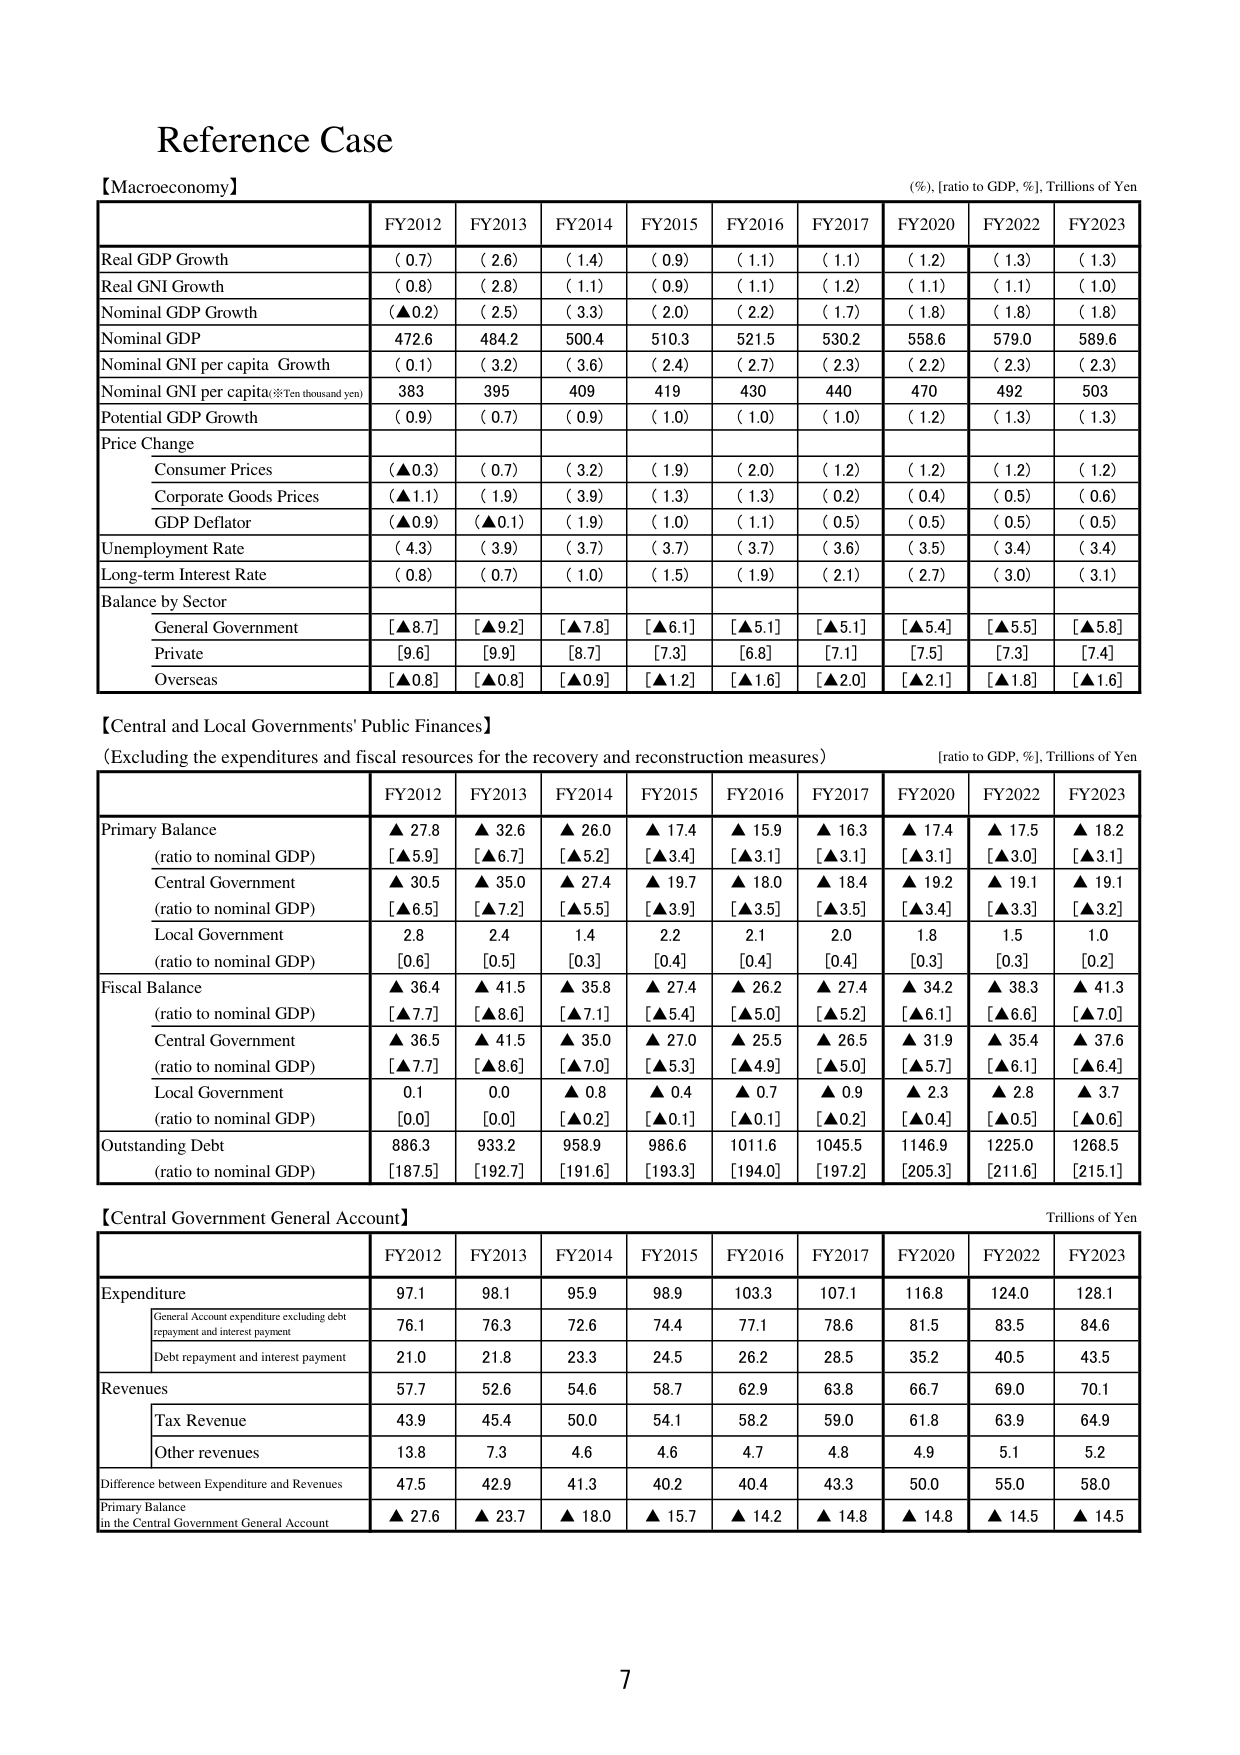
Reference Case

【Macroeconomy】
(%)，[ratio to GDP, %], Trillions of Yen

FY2012 FY2013 FY2014 FY2015 FY2016 FY2017 FY2020 FY2022 FY2023

Real GDP Growth ( 0.7) ( 2.6) ( 1.4) ( 0.9) ( 1.1) ( 1.1) ( 1.2) ( 1.3) ( 1.3)
Nominal GNI Growth ( 0.8) ( 2.8) ( 1.1) ( 0.9) ( 1.1) ( 1.2) ( 1.1) ( 1.1) ( 1.0)
Nominal GDP Growth (▲0.2) ( 2.5) ( 3.3) ( 2.0) ( 2.2) ( 1.7) ( 1.8) ( 1.8) ( 1.8)
Nominal GDP 472.6 484.2 500.4 510.3 521.5 530.2 558.6 579.0 589.6
Nominal GNI per capita Growth ( 0.1) ( 3.2) ( 3.6) ( 2.4) ( 2.7) ( 2.3) ( 2.2) ( 2.3) ( 2.3)
Nominal GNI per capita※Ten thousand yen) 383 395 409 419 430 440 470 492 503
Potential GDP Growth ( 0.9) ( 0.7) ( 0.9) ( 1.0) ( 1.0) ( 1.0) ( 1.2) ( 1.3) ( 1.3)

Price Change
Consumer Prices (▲0.3) ( 0.7) ( 3.2) ( 1.9) ( 2.0) ( 1.2) ( 1.2) ( 1.2) ( 1.2)
Corporate Goods Prices (▲1.1) ( 1.9) ( 3.9) ( 1.3) ( 1.3) ( 0.2) ( 0.4) ( 0.5) ( 0.6)
GDP Deflator (▲0.9) (▲0.1) ( 1.9) ( 1.0) ( 1.1) ( 0.5) ( 0.5) ( 0.5) ( 0.5)

Unemployment Rate ( 4.3) ( 3.9) ( 3.7) ( 3.7) ( 3.7) ( 3.6) ( 3.5) ( 3.4) ( 3.4)
Long-term Interest Rate ( 0.8) ( 0.7) ( 1.0) ( 1.5) ( 1.9) ( 2.1) ( 2.7) ( 3.0) ( 3.1)

Balance by Sector
General Government [▲8.7] [▲9.2] [▲7.8] [▲6.1] [▲5.1] [▲5.1] [▲5.4] [▲5.5] [▲5.8]
Private [9.6] [9.9] [8.7] [7.3] [6.8] [7.1] [7.5] [7.3] [7.4]
Overseas [▲0.8] [▲0.8] [▲0.9] [▲1.2] [▲1.6] [▲2.0] [▲2.1] [▲1.8] [▲1.6]

【Central and Local Governments' Public Finances】
(Excluding the expenditures and fiscal resources for the recovery and reconstruction measures)
[ratio to GDP, %], Trillions of Yen

FY2012 FY2013 FY2014 FY2015 FY2016 FY2017 FY2020 FY2022 FY2023

Primary Balance ▲ 27.8 ▲ 32.6 ▲ 26.0 ▲ 17.4 ▲ 15.9 ▲ 16.3 ▲ 17.4 ▲ 17.5 ▲ 18.2
(ratio to nominal GDP) [▲5.9] [▲6.7] [▲5.2] [▲3.4] [▲3.1] [▲3.1] [▲3.1] [▲3.0] [▲3.1]

Central Government ▲ 30.5 ▲ 35.0 ▲ 27.4 ▲ 19.7 ▲ 18.0 ▲ 18.4 ▲ 19.2 ▲ 19.1 ▲ 19.1
(ratio to nominal GDP) [▲6.5] [▲7.2] [▲5.5] [▲3.9] [▲3.5] [▲3.5] [▲3.4] [▲3.3] [▲3.2]

Local Government 2.8 2.4 1.4 2.2 2.1 2.0 1.8 1.5 1.0
(ratio to nominal GDP) [0.6] [0.5] [0.3] [0.4] [0.4] [0.4] [0.3] [0.3] [0.2]

Fiscal Balance ▲ 36.4 ▲ 41.5 ▲ 35.8 ▲ 27.4 ▲ 26.2 ▲ 27.4 ▲ 34.2 ▲ 38.3 ▲ 41.3
(ratio to nominal GDP) [▲7.7] [▲8.6] [▲7.1] [▲5.4] [▲5.0] [▲5.2] [▲6.1] [▲6.6] [▲7.0]

Central Government ▲ 36.5 ▲ 41.5 ▲ 35.0 ▲ 27.0 ▲ 25.5 ▲ 26.5 ▲ 31.9 ▲ 35.4 ▲ 37.6
(ratio to nominal GDP) [▲7.7] [▲8.6] [▲7.0] [▲5.3] [▲4.9] [▲5.0] [▲5.7] [▲6.1] [▲6.4]

Local Government 0.1 0.0 ▲ 0.8 ▲ 0.4 ▲ 0.7 ▲ 0.9 ▲ 2.3 ▲ 2.8 ▲ 3.7
(ratio to nominal GDP) [0.0] [0.0] [▲0.2] [▲0.1] [▲0.1] [▲0.2] [▲0.4] [▲0.5] [▲0.6]

Outstanding Debt 886.3 933.2 958.9 986.6 1011.6 1045.5 1146.9 1225.0 1268.5
(ratio to nominal GDP) [187.5] [192.7] [191.6] [193.3] [194.0] [197.2] [205.3] [211.6] [215.1]

【Central Government General Account】
Trillions of Yen

FY2012 FY2013 FY2014 FY2015 FY2016 FY2017 FY2020 FY2022 FY2023

Expenditure 97.1 98.1 95.9 98.9 103.3 107.1 116.8 124.0 128.1
General Account expenditure excluding debt repayment and interest payment 76.1 76.3 72.6 74.4 77.1 78.6 81.5 83.5 84.6
Debt repayment and interest payment 21.0 21.8 23.3 24.5 26.2 28.5 35.2 40.5 43.5

Revenues 57.7 52.6 54.6 58.7 62.9 63.8 66.7 69.0 70.1
Tax Revenue 43.9 45.4 50.0 54.1 58.2 59.0 61.8 63.9 64.9
Other revenues 13.8 7.3 4.6 4.6 4.7 4.8 4.9 5.1 5.2

Difference between Expenditure and Revenues 47.5 42.9 41.3 40.2 40.4 43.3 50.0 55.0 58.0

Primary Balance ▲ 27.6 ▲ 23.7 ▲ 18.0 ▲ 15.7 ▲ 14.2 ▲ 14.8 ▲ 14.8 ▲ 14.5 ▲ 14.5
in the Central Government General Account

7